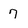
Character: 7